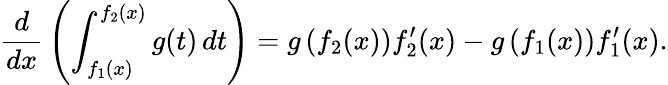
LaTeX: {\frac{d}{dx}}\left(\int_{f_{1}(x)}^{f_{2}(x)}g(t)\, dt\right)=g\left(f_{2}(x)\right){f_{2}^{\prime}(x)}-g\left(f_{1}(x)\right){f_{1}^{\prime}(x)}.